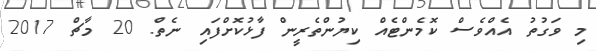
މި ވަގުތު އެއްވެސް ކޮމެންޓެއް ކިޔުންތެރީން ފާޅުކޮށްފައި ނެތް. 20 މާޗް 2017